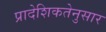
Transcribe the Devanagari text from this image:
प्रादेशिकतेनुसार